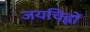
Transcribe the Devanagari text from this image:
जयचिह्नों